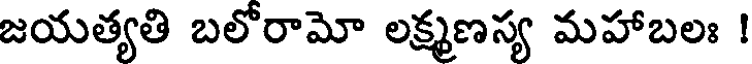
జయత్యతి బలోరామో లక్ష్మణస్య మహాబలః !